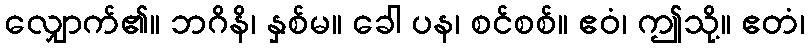
လျှောက်၏။ ဘဂိနိ၊ နှစ်မ။ ခေါ ပန၊ စင်စစ်။ ဧဝံ၊ ဤသို့။ ဧတံ၊